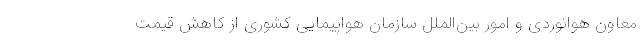
معاون هوانوردی و امور بین‌الملل سازمان هواپیمایی کشوری از کاهش قیمت